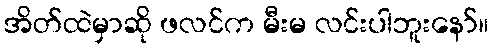
အိတ်ထဲမှာဆို ဖလင်က မီးမ လင်းပါဘူးနော်။